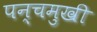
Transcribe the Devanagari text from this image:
पन्चमुखी